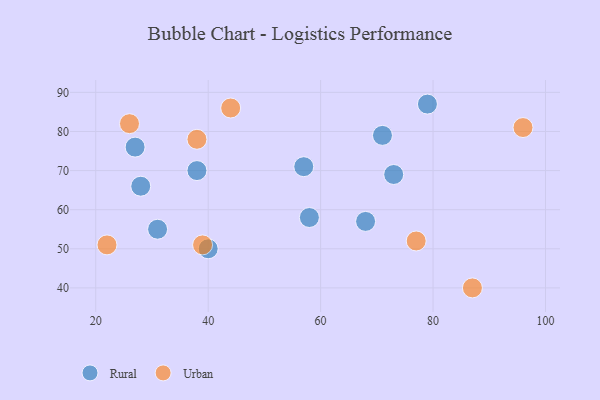
{"axis": {"x": "GDP", "y": "Life Expectancy"}, "legend": ["Rural", "Urban"], "data": [{"x": "73", "y": 69, "type": "Rural"}, {"x": "38", "y": 70, "type": "Rural"}, {"x": "28", "y": 66, "type": "Rural"}, {"x": "58", "y": 58, "type": "Rural"}, {"x": "79", "y": 87, "type": "Rural"}, {"x": "40", "y": 50, "type": "Rural"}, {"x": "68", "y": 57, "type": "Rural"}, {"x": "71", "y": 79, "type": "Rural"}, {"x": "27", "y": 76, "type": "Rural"}, {"x": "31", "y": 55, "type": "Rural"}, {"x": "57", "y": 71, "type": "Rural"}, {"x": "96", "y": 81, "type": "Urban"}, {"x": "22", "y": 51, "type": "Urban"}, {"x": "38", "y": 78, "type": "Urban"}, {"x": "26", "y": 82, "type": "Urban"}, {"x": "87", "y": 40, "type": "Urban"}, {"x": "39", "y": 51, "type": "Urban"}, {"x": "77", "y": 52, "type": "Urban"}, {"x": "44", "y": 86, "type": "Urban"}]}